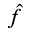
\hat { f }